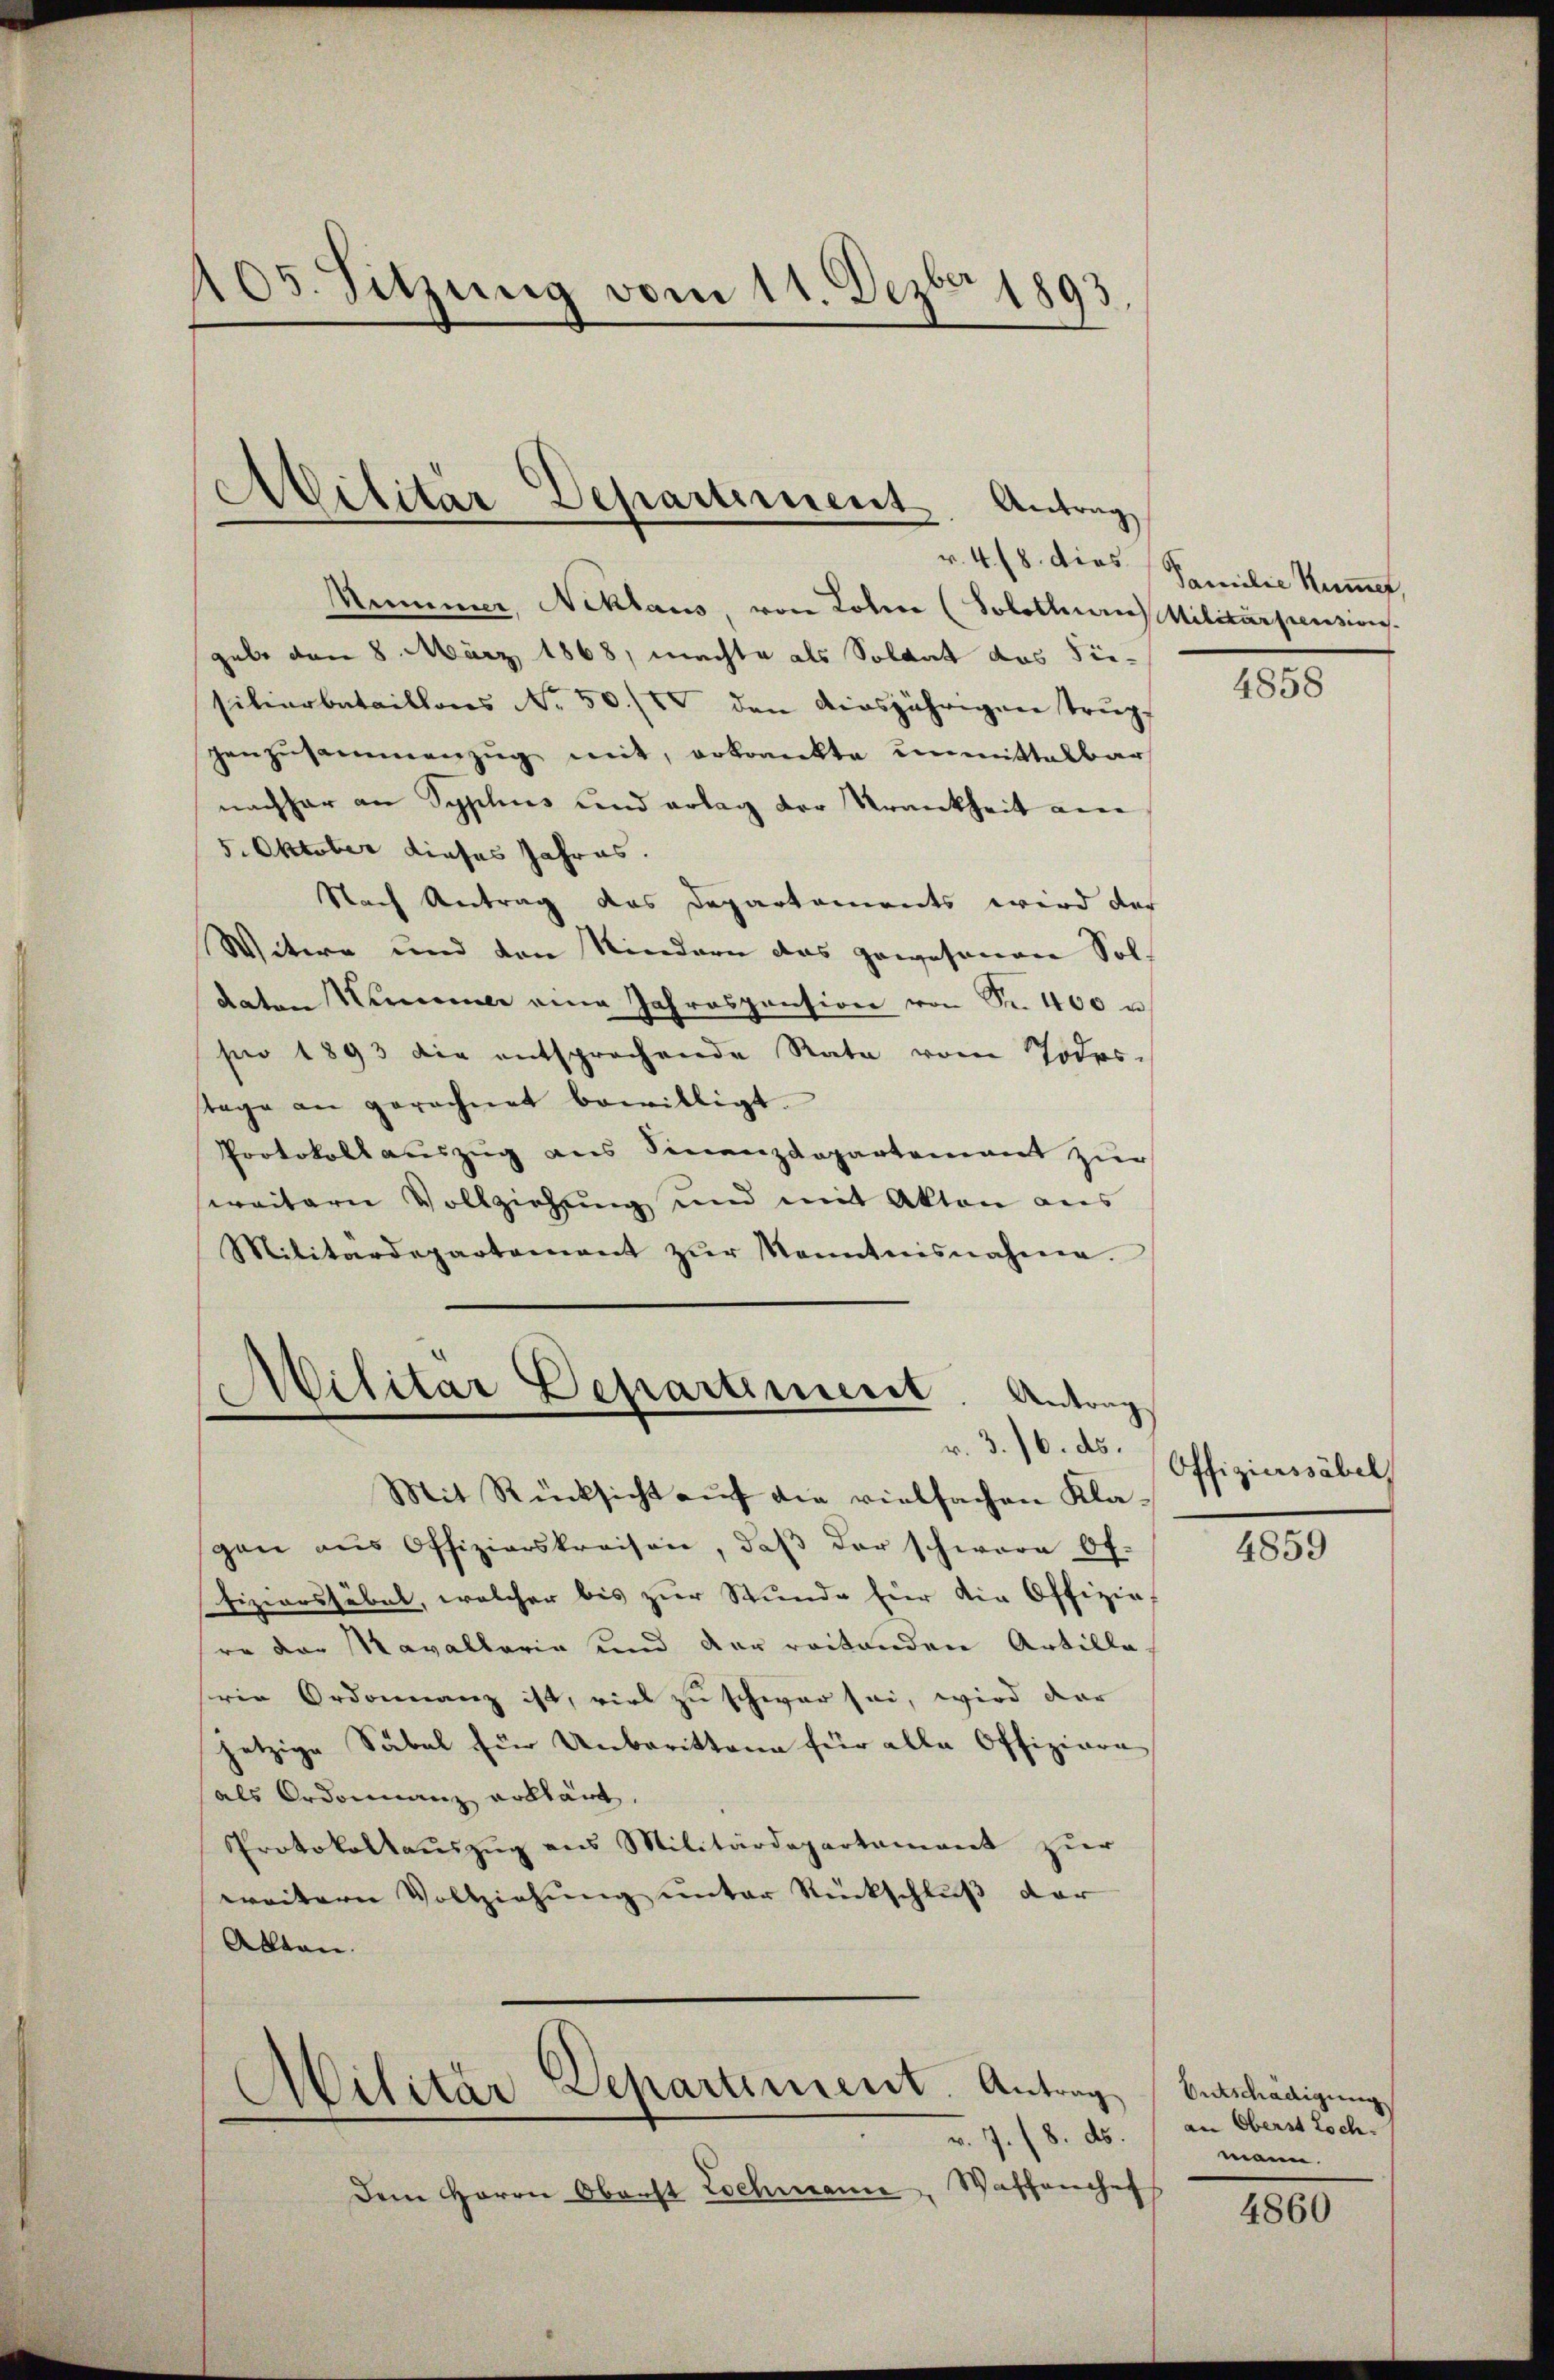
105. Sitzung vom 11. Dezbr 1893.

Nummer, Acklaus von Lohne (Solothurn Militarpensions.
gabe den 8. März 1868, machte als Soldat das Sie-
silierbataillons No. 50./IV den diesjährigen trug
Hanzusammenzug mit, erkrankte unmittelbar
nachher an Syphus und erlag der Krankheit an
5. Oktober dieses Jahres.
Nach Antrag das Departements wird der
Witwe und den Kindern das gewesenen Soldaten Kammer eine Jahrespension von Fr. 400 u
se 1893 die entsprochende Rata vom Todestage an gerechnet bewilligt.
Protokollauszug aus Finanzdepartement zur
weitern Vollziehung und mit Akten aus
Militärdepartement zŭr Kenntnisnahme.

Militär Departement. Antrag

Militar Departiniert. Antrag
r. 3./6. ds.

Antrag
Militär-Departiment

Mit Rücksicht aŭf die vielfachen Klagen aus Offizierskreisen, daβ der schwere Of-
fiziershübel, welcher bis zur Stunde für die Offizie
re der Mavallaria und der reitenden Artilla
ren Ordonnanz ist, viel zu schwar sei, wird dar
jetzige Säbel für Unberittene für alle Offiziere
als Ordonnanz erklärt.
Protokollauszug aus Militärdepartament zur
weitern Vollziehung unter Rückschluß der
Alltan.

v. 4. 8. dies Familie Numme,

v. 7. 18. ds.
Dem Herrn Oberst Lochmann, Waffenchef

4858

Offiziussäbel

4859

Entschädigung
an Oberst Loch.
mann.

4860